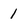
Character: 1